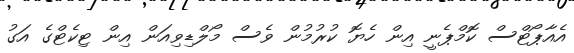
އެއާޕޯޓްސް ކޮމްޕެނީ އިން ހެޔޮ ކުރުމުން ވެސް މޯލްޑިވިއަން އިން ޓިކެޓްގެ އަގު